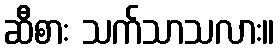
ဆီစား သက်သာသလား။